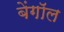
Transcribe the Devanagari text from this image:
बेंगाॅल